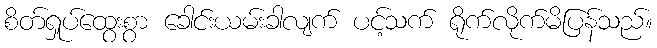
စိတ်ရှုပ်ထွေးစွာ ခေါင်းယမ်းခါလျက် ပင့်သက် ရိုက်လိုက်မိပြန်သည်။